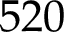
5 2 0